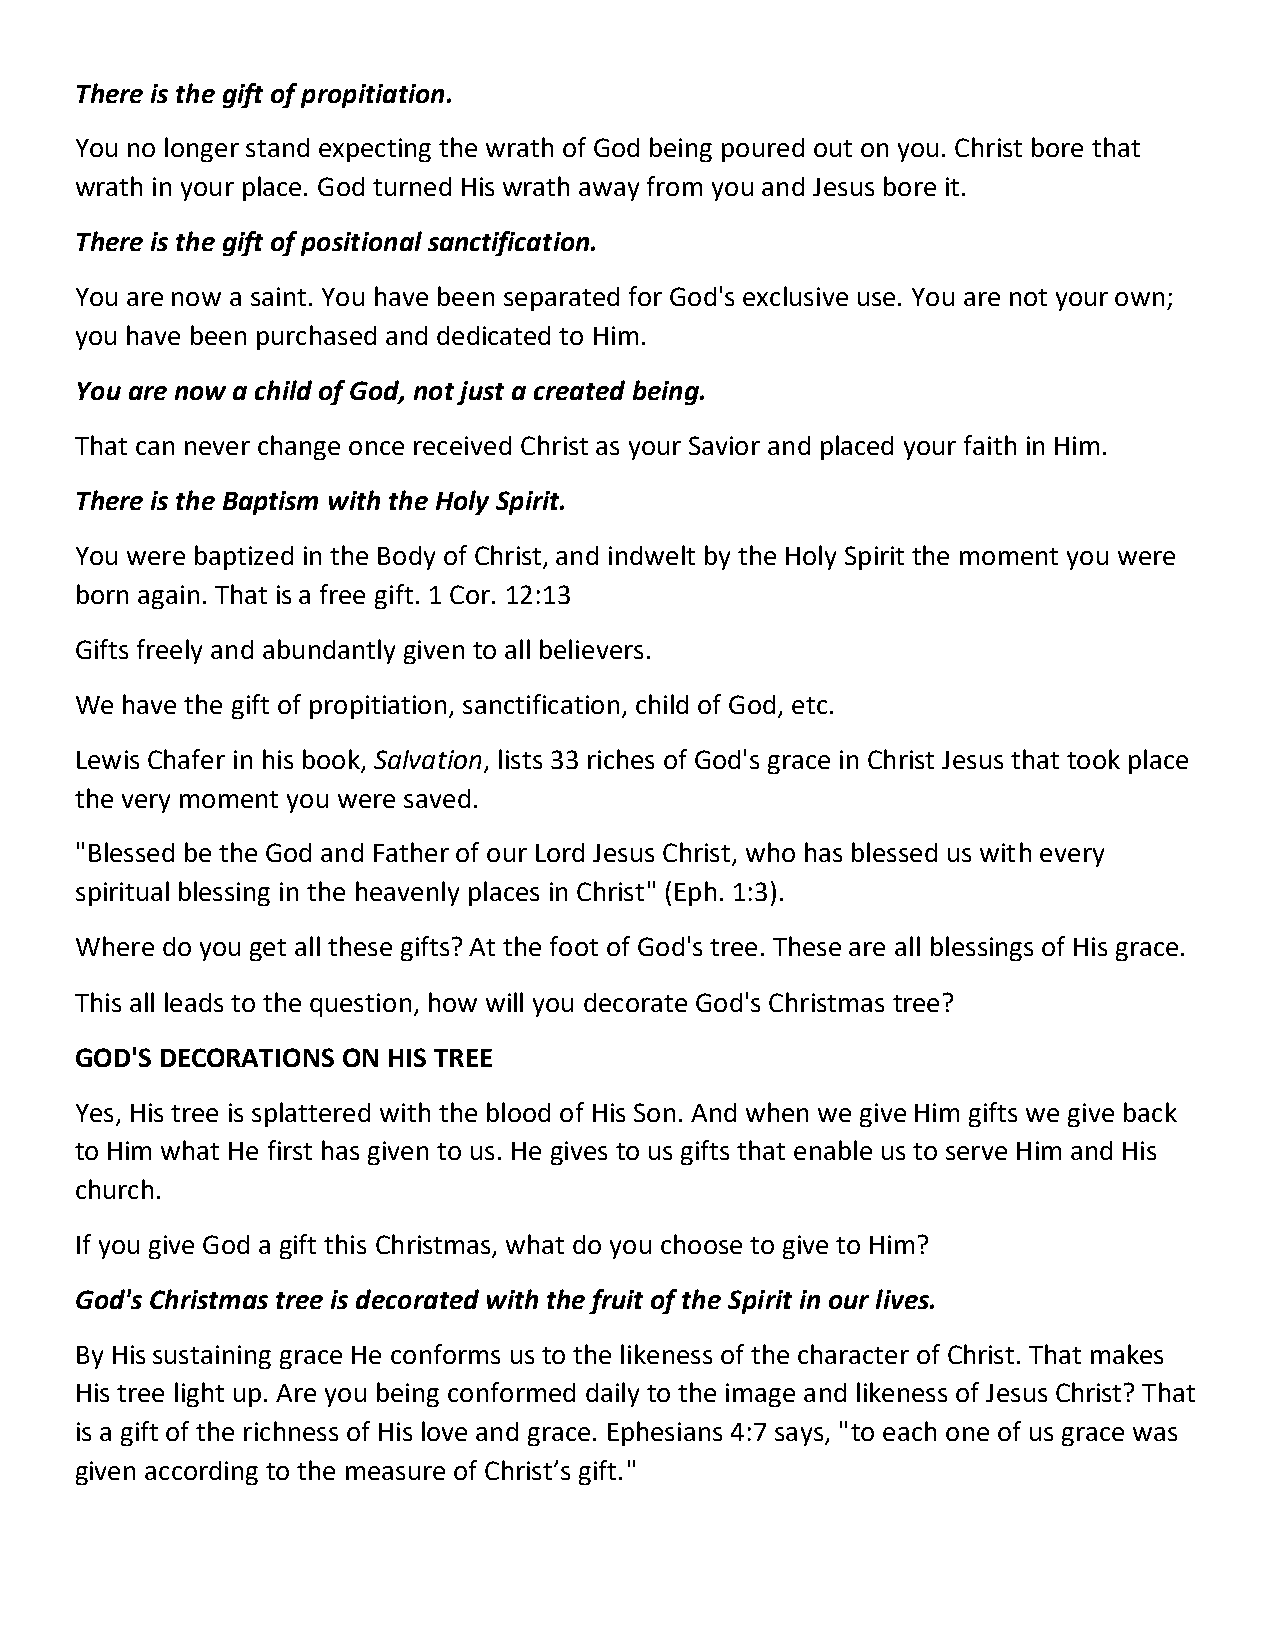
There is the gift of propitiation.
 You no longer stand expecting the wrath of God being poured out on you. Christ bore that
 wrath in your place. God turned His wrath away from you and Jesus bore it.
 There is the gift of positional sanctification.
 You are now a saint. You have been separated for God's exclusive use. You are not your own;
 you have been purchased and dedicated to Him.
 You are now a child of God, not just a created being.
 That can never change once received Christ as your Savior and placed your faith in Him.
 There is the Baptism with the Holy Spirit.
 You were baptized in the Body of Christ, and indwelt by the Holy Spirit the moment you were
 born again. That is a free gift. 1 Cor. 12:13
 Gifts freely and abundantly given to all believers.
 We have the gift of propitiation, sanctification, child of God, etc.
 Lewis Chafer in his book, Salvation, lists 33 riches of God's grace in Christ Jesus that took place
 the very moment you were saved.
 "Blessed be the God and Father of our Lord Jesus Christ, who has blessed us with every
 spiritual blessing in the heavenly places in Christ" (Eph. 1:3).
 Where do you get all these gifts? At the foot of God's tree. These are all blessings of His grace.
 This all leads to the question, how will you decorate God's Christmas tree?
 GOD'S DECORATIONS ON HIS TREE
 Yes, His tree is splattered with the blood of His Son. And when we give Him gifts we give back
 to Him what He first has given to us. He gives to us gifts that enable us to serve Him and His
 church.
 If you give God a gift this Christmas, what do you choose to give to Him?
 God's Christmas tree is decorated with the fruit of the Spirit in our lives.
 By His sustaining grace He conforms us to the likeness of the character of Christ. That makes
 His tree light up. Are you being conformed daily to the image and likeness of Jesus Christ? That
 is a gift of the richness of His love and grace. Ephesians 4:7 says, "to each one of us grace was
 given according to the measure of Christ’s gift."